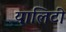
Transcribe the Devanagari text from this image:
यालिटी